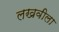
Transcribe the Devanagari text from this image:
लखवीला